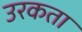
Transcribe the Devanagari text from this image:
उरकता